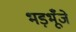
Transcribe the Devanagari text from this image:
भड़भूँजे